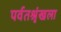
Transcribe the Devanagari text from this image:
पर्वतश्रृंखला